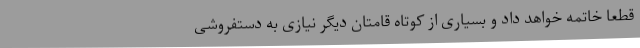
قطعاً خاتمه خواهد داد و بسیاری از کوتاه قامتان دیگر نیازی به دستفروشی